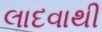
લાદવાથી